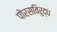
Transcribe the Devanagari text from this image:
पोरसविरुद्ध